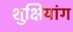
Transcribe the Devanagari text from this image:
शुक्षियांग